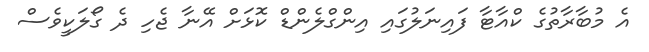
އެ މުބާރާތުގެ ކްއާޓާ ފައިނަލުގައި އިންގްލެންޑް ކޮޅަށް އޭނާ ޖެހި ދެ ގޯލަކީވެސް